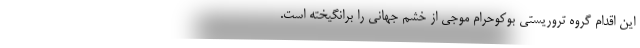
این اقدام گروه تروریستی بوکوحرام موجی از خشم جهانی را برانگیخته است.